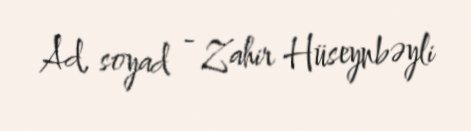
Ad, soyad - Zahir Hüseynbəyli